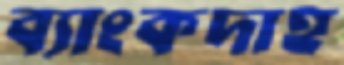
ব্যাংকদাহ